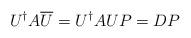
LaTeX: \begin{align*} U^\dagger A\overline{U}=U^\dagger AUP=DP\end{align*}